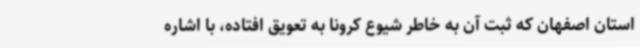
استان اصفهان که ثبت آن به خاطر شیوع کرونا به تعویق افتاده، با اشاره